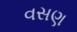
વસણ